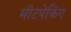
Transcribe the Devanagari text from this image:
मीटपेकिंग